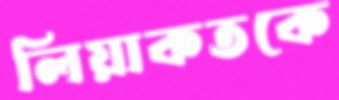
লিয়াকতকে